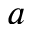
\boldsymbol { a }